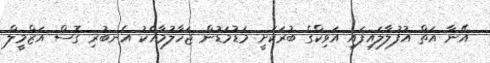
އޭނާ އަތް އުފުލާލައިފައި އަވިކްގެ ބުރަކަށީ މަޑުމަޑުން ޖަހާލުމާއެކު އެނބުރި ގޮސް އަޒްމީލް